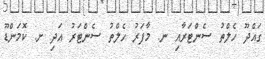
ގައްދޫ ހެލްތު ސެންޓަރާއި ނ. މާފަރު ހެލްތު ސެންޓަރު އަދި ށ. ކޮމަންޑޫ